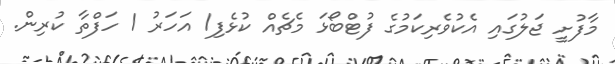
މާފުށީ ޖަލުގައި އެކުވެރިކަމުގެ ފުޓްބޯޅަ މެޗެއް ކުޅެފި1 އަހަރު 1 ހަފްތާ ކުރިން.